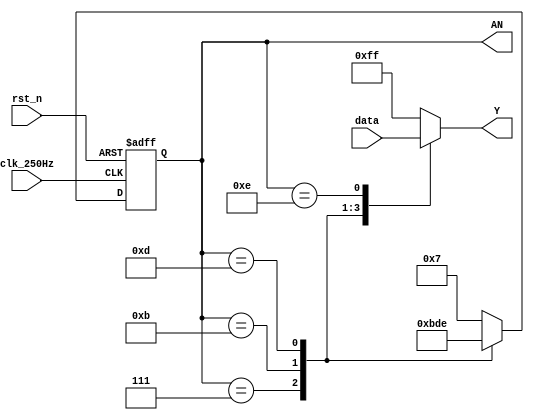
`timescale 1us / 1us

module DISPLAY (
    input clk_250Hz,
    input rst_n,
    input [31:0] data,
    output reg[3:0] AN,
    output reg[0:7] Y
);
    always @(posedge clk_250Hz or negedge rst_n)
        if (!rst_n) AN <= 4'b1111;
        else case (AN)
        4'b0111: AN <= 4'b1011;
        4'b1011: AN <= 4'b1101;
        4'b1101: AN <= 4'b1110;
        4'b1110: AN <= 4'b0111;
        default: AN <= 4'b0111;
        endcase
        
    always @(AN or data)
        case (AN)
        4'b0111: Y <= data[31:24];
        4'b1011: Y <= data[23:16];
        4'b1101: Y <= data[15:8];
        4'b1110: Y <= data[7:0];
        default: Y <= 32'hFFFFFFFF;
        endcase
endmodule